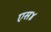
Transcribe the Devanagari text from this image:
एस४